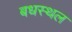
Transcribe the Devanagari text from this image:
बधस्थल